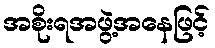
အစိုးရအဖွဲ့အနေဖြင့်